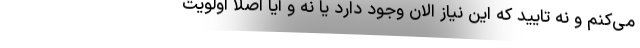
می‌کنم و نه تایید که این نیاز الان وجود دارد یا نه و آیا اصلا اولویت